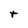
Character: t